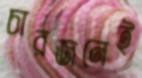
চারজনেই